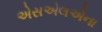
એસએલએના